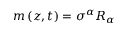
m \left( z , t \right) = \sigma ^ { \alpha } R _ { \alpha }